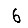
Digit: 6